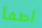
أطفأ